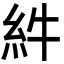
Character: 䋅